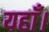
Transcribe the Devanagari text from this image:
यहाँ।